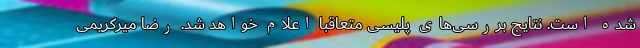
شده است. نتایج بررسی‌های پلیسی متعاقبا اعلام خواهد شد. رضا میرکریمی